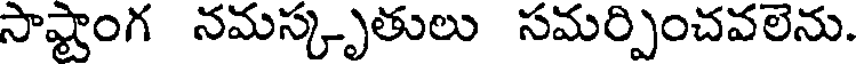
సాష్టాంగ నమస్కృతులు సమర్పించవలెను.